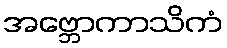
အဗ္ဘောကာသိကံ